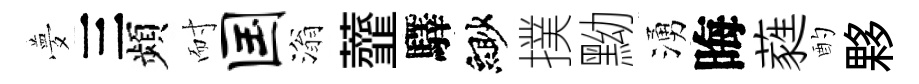
夢三頻耐国滃虀驛緲撲黝湧晦蕤酌夥